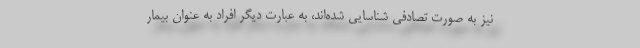
نیز به صورت تصادفی شناسایی شده‌اند، به عبارت دیگر افراد به عنوان بیمار